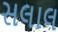
સલાલ